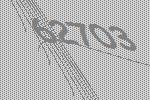
62703